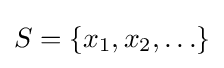
S=\{x_{1},x_{2},\ldots \}